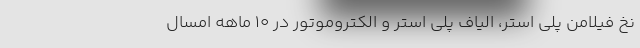
نخ فیلامن پلی استر، الیاف پلی استر و الکتروموتور در ۱۰ ماهه امسال